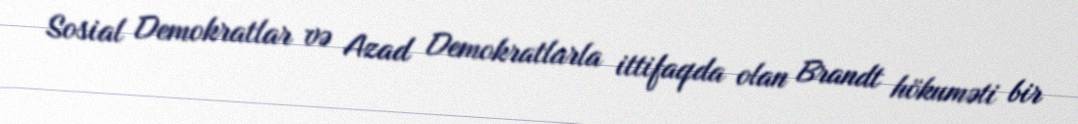
Sosial Demokratlar və Azad Demokratlarla ittifaqda olan Brandt hökuməti bir